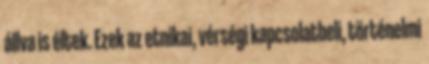
állva is éltek. Ezek az etnikai, vérségi kapcsolatbeli, történelmi